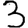
Digit: 3